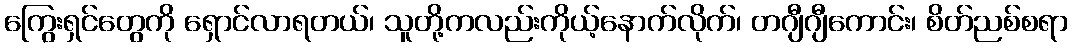
ကြွေးရှင်တွေကို ရှောင်လာရတယ်၊ သူတို့ကလည်းကိုယ့်နောက်လိုက်၊ တဂျီဂျီကောင်း၊ စိတ်ညစ်စရာ